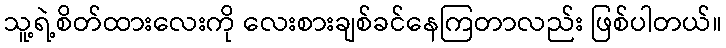
သူ့ရဲ့စိတ်ထားလေးကို လေးစားချစ်ခင်နေကြတာလည်း ဖြစ်ပါတယ်။